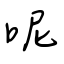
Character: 呢